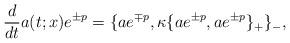
LaTeX: \begin{align*}\frac{d}{dt}a(t;x)e^{\pm p}= \{a e^{\mp p}, \kappa\{a e^{\pm p},a e^{\pm p}\}_{+}\}_{-},\end{align*}